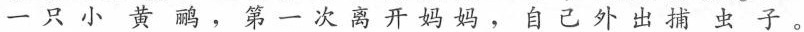
一只小黄鹂，第一次离开妈妈，自己外出捕虫子。